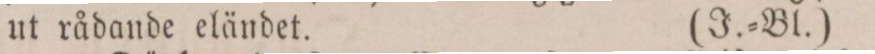
ut rådande eländet.    (J.=Bl.)